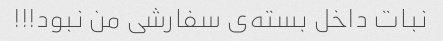
نبات داخل بسته‌ی سفارشی من نبود!!!